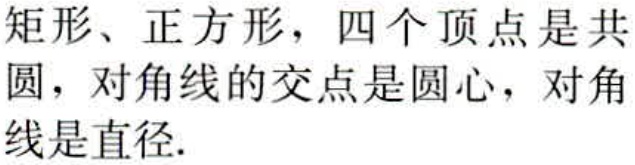
矩形、正方形，四个顶点是共圆，对角线的交点是圆心，对角线是直径.